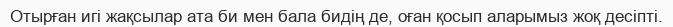
Отырған игі жақсылар ата би мен бала бидің де, оған қосып аларымыз жоқ десіпті.